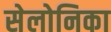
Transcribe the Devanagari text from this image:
सेलोनिका